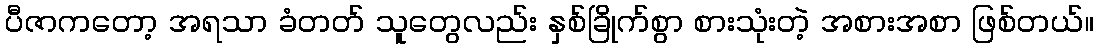
ပီဇာကတော့ အရသာ ခံတတ် သူတွေလည်း နှစ်ခြိုက်စွာ စားသုံးတဲ့ အစားအစာ ဖြစ်တယ်။